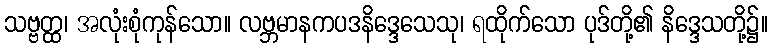
သဗ္ဗတ္ထ၊ အလုံးစုံကုန်သော။ လဗ္ဘမာနကပဒနိဒ္ဒေသေသု၊ ရထိုက်သော ပုဒ်တို့၏ နိဒ္ဒေသတို့၌။